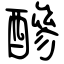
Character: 醦